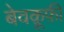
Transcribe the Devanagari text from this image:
बेवक़ूफ़ी